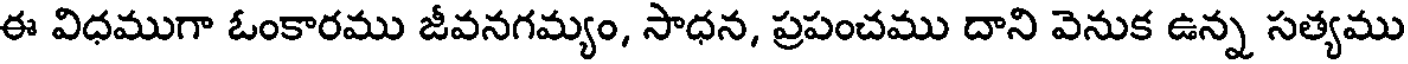
ఈ విధముగా ఓంకారము జీవనగమ్యం, సాధన, ప్రపంచము దాని వెనుక ఉన్న సత్యము